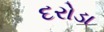
દરોડા